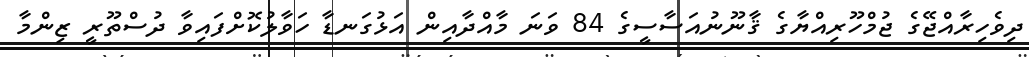
ދިވެހިރާއްޖޭގެ ޖުމްހޫރިއްޔާގެ ޤާނޫނުއަސާސީގެ 84 ވަނަ މާއްދާއިން އަޅުގަނޑާ ހަވާލުކޮށްފައިވާ ދުސްތޫރީ ޒިންމާ